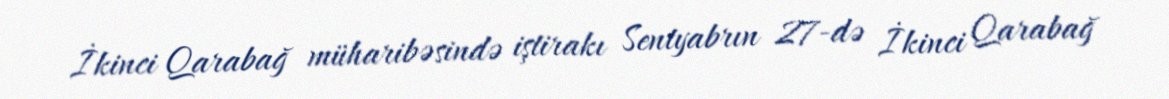
İkinci Qarabağ müharibəsində iştirakı Sentyabrın 27-də İkinci Qarabağ